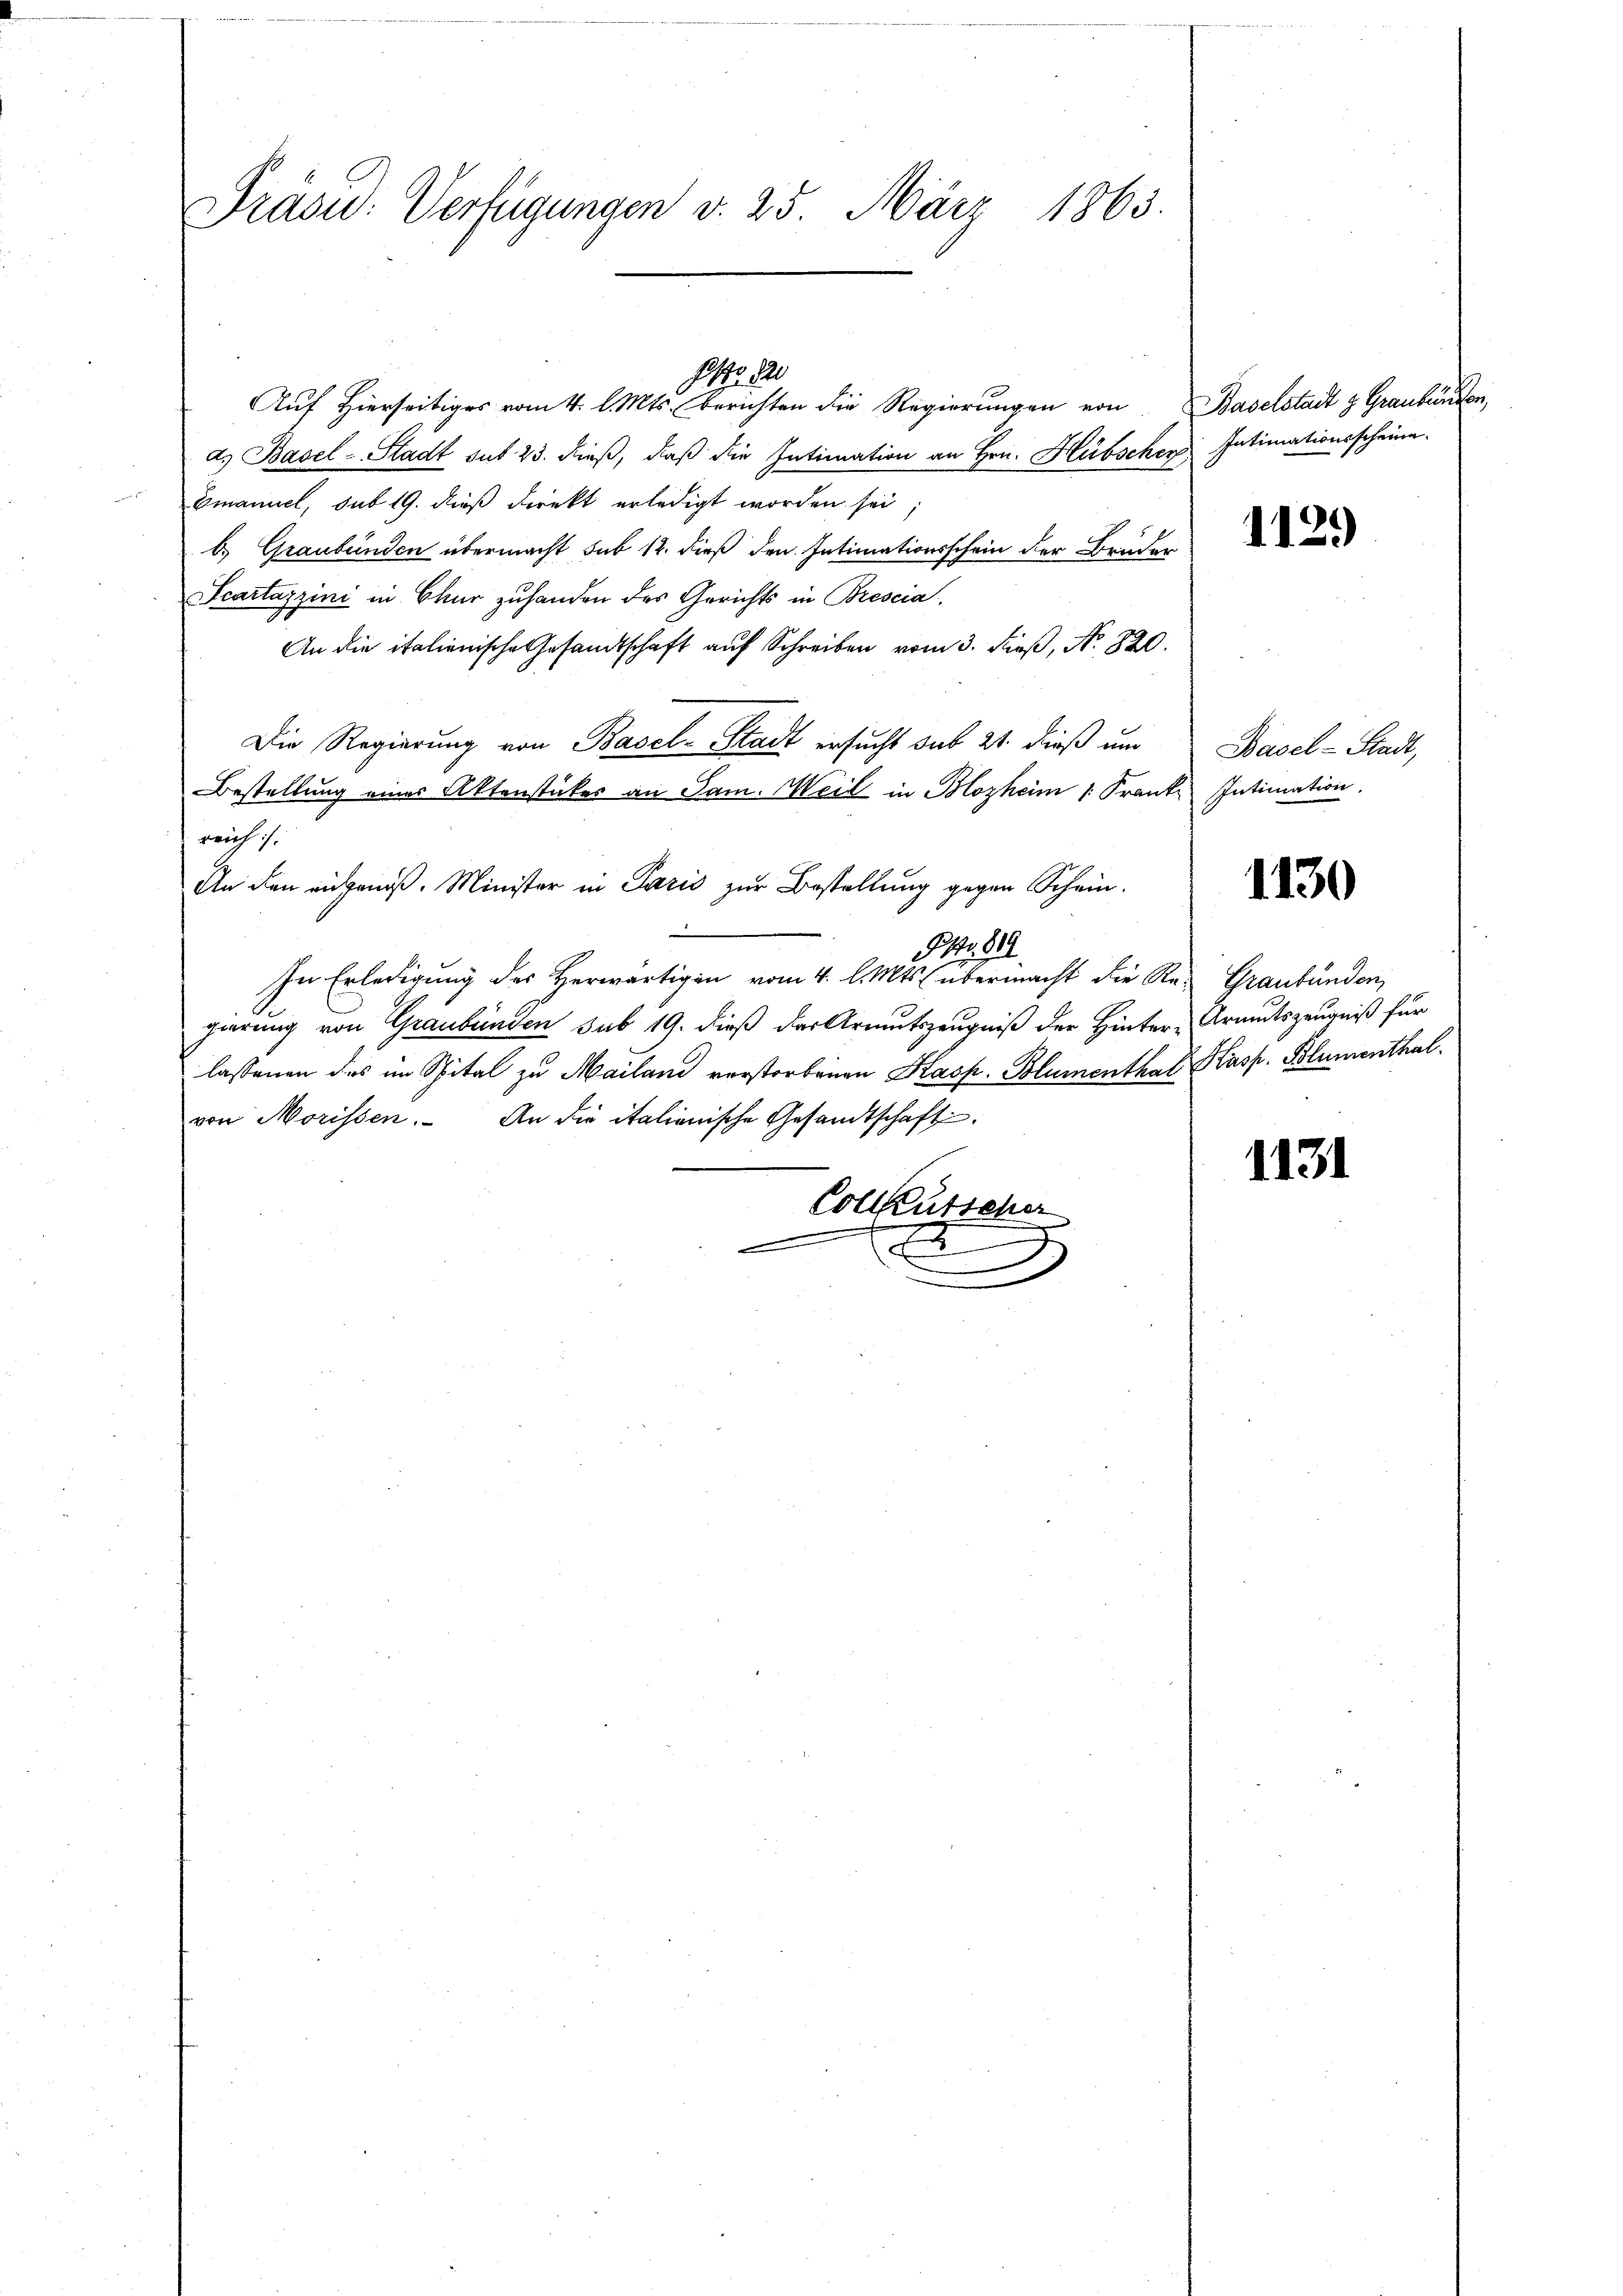
Präsid. Verfügungen d. 25. März 1863.

d.) Basel-Stadt sut 23. dieß, daß die Intimation an Hrn. Hübscher Intimationsscheine
Emanuel, sub 19. dieß direkt erledigt worden sei
b.) Graubünden übermacht sub 12. dieß den Intimationsschein der Bruder
Scartazzini in Chur zuhanden des Gerichts in Brescia
An die italienische Gesandtschaft aŭf Schreiben vom 3. Feβ, No. 820.
Die Regierung von Basel-Stadt ersucht sub 21. dieß um
Bestellung eines Aktenstücker an Jam. Weil in Blozheim 1. Franke Intimation.
reich.
An den eingenoß. Minister in Paris zur Bestellung gegen Schein.
e
Nr. 82.
In Erledigung des Herwärtigen vom 4. l. Mts. übermacht die Re- Graubünden,
gierung von Graubünden sub 19. dieß das Armutszeugniß der Hinter Armutszeugniß für
lassenen des im Spital zu Mailand verstorbenen Kasp. Blumenthal Kasp. Blumenthal.
von Morissen. An die italienische Gesandtschaft
Colleutscher
x
.
—
x

Ist der
Auf Hierseitiges vom 4. l. Mts. berichten die Regierungen von Baselstadt z. Graubünden

1129)

Basel-Stadt,

1130

1131